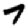
Digit: 7